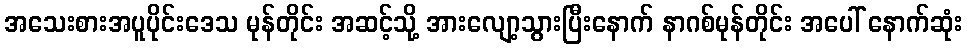
အသေးစားအပူပိုင်းဒေသ မုန်တိုင်း အဆင့်သို့ အားလျော့သွားပြီးနောက် နာဂစ်မုန်တိုင်း အပေါ် နောက်ဆုံး